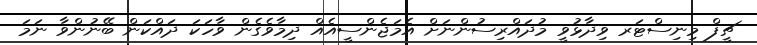
ޗީފް މިނިސްޓަރ ވިދާޅުވީ މުދައްރިސުންނަށް އެމަޖެންސީއެއް ދިމާވެގެން ވާހަކަ ދައްކަން ބޭނުންވާ ނަމަ